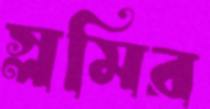
স্লমির